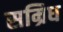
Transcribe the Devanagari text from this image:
सम्रिध